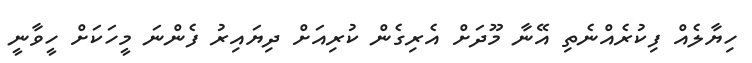
ހިޔާލެއް ފިކުރެއްނެތި އޭނާ މޫދަށް އެރިގެން ކުރިއަށް ދިޔައިރު ފެންނަ މީހަކަށް ހީވާނީ